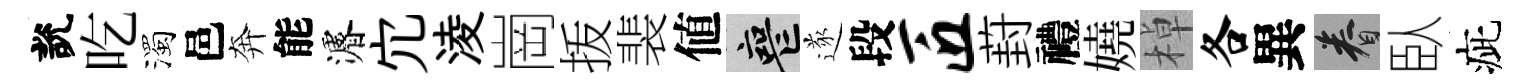
說吃濁邑奔能濬宂淩崗㧞裴値喪遂段匠葑禮嬈棹各異眷臥疵